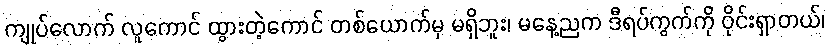
ကျုပ်လောက် လူကောင် ထွားတဲ့ကောင် တစ်ယောက်မှ မရှိဘူး၊ မနေ့ညက ဒီရပ်ကွက်ကို ဝိုင်းရှာတယ်၊